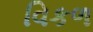
વિકળ